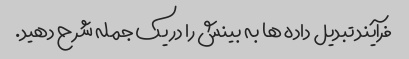
فرآیند تبدیل داده ها به بینش را در یک جمله شرح دهید.